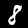
Label: 8